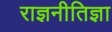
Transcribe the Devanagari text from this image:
राज्ञनीतिज्ञा